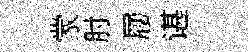
䝉肘屨谌